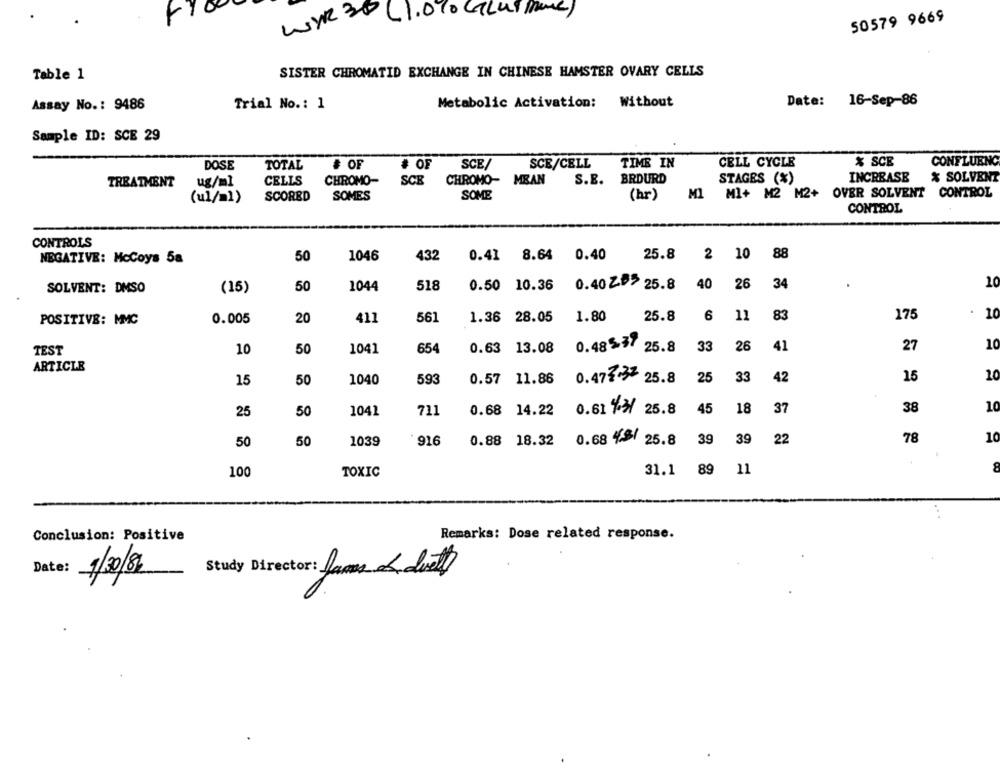
WYR 20 (1.0% GLUTINE)
50579 9669
Table 1
SISTER CHROMATID EXCHANGE IN CHINESE HAMSTER OVARY CELLS
Assay No .: 9486
Trial No .: 1
Metabolic Activation:
Without
Date: 16-Sep-86
Sample ID: SCE 29
CELL CYCLE
% SCE
CONFLUENC
DOSE
TOTAL
# OF
# OF
SCE/
SCE/CELL
TIME IN
INCREASE
% SOLVENT
TREATMENT
ug/ml
CELLS
CHROMO-
SCE
CHROMO- MEAN
S.E. BRDURD
STAGES (%)
MI
Ml+ M2 M2+ OVER SOLVENT CONTROL
(ul/m1)
SCORED
SOMES
SOME
(hr)
CONTROL
CONTROLS
0.41 8.64
0.40
25.8
2 10
88
NEGATIVE: McCoys 5a
50
1046
432
0.40 Z> 25.8
34
20
SOLVENT: DMSO
(15)
50
1044
518
0.50 10.36
40 26
25.8
6
11
83
175
.
10
POSITIVE: MMC
0.005
20
411
561
1.36 28.05
1.80
33
26
41
27
10
TEST
10
50
1041
654
0.63 13.08
0.4857 25.8
ARTICLE
593
33
42
15
10
15
50
1040
0.57 11.86
0.472.33 25.8
25
45
18
37
38
10
25
50
1041
711
0.68
14.22
0.61 %3/ 25.8
916
0.88 18.32
0.68 4. 25.8
39
9 22
78
10
50
50
1039
31.1
89 11
8
100
TOXIC
Conclusion: Positive
Remarks: Dose related response.
Date:
9/30/8
Study Director: Jams & duett